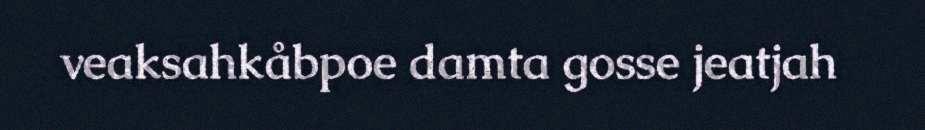
veaksahkåbpoe damta gosse jeatjah